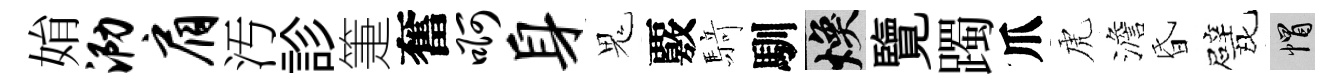
姢泐肩汚診箑奮啊身鬼覈𮪍馴焕覽躅爪虎澹昏戏帽